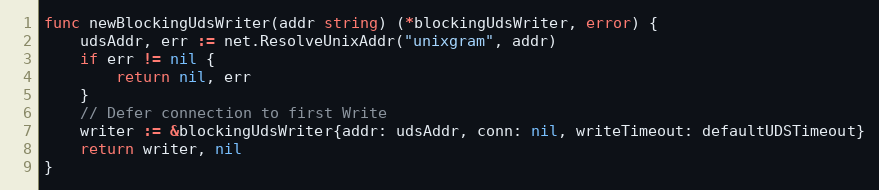
Language: Go
func newBlockingUdsWriter(addr string) (*blockingUdsWriter, error) {
	udsAddr, err := net.ResolveUnixAddr("unixgram", addr)
	if err != nil {
		return nil, err
	}
	// Defer connection to first Write
	writer := &blockingUdsWriter{addr: udsAddr, conn: nil, writeTimeout: defaultUDSTimeout}
	return writer, nil
}